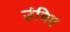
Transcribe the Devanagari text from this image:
उंचिए